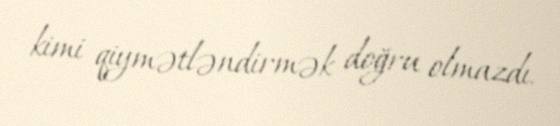
kimi qiymətləndirmək doğru olmazdı.